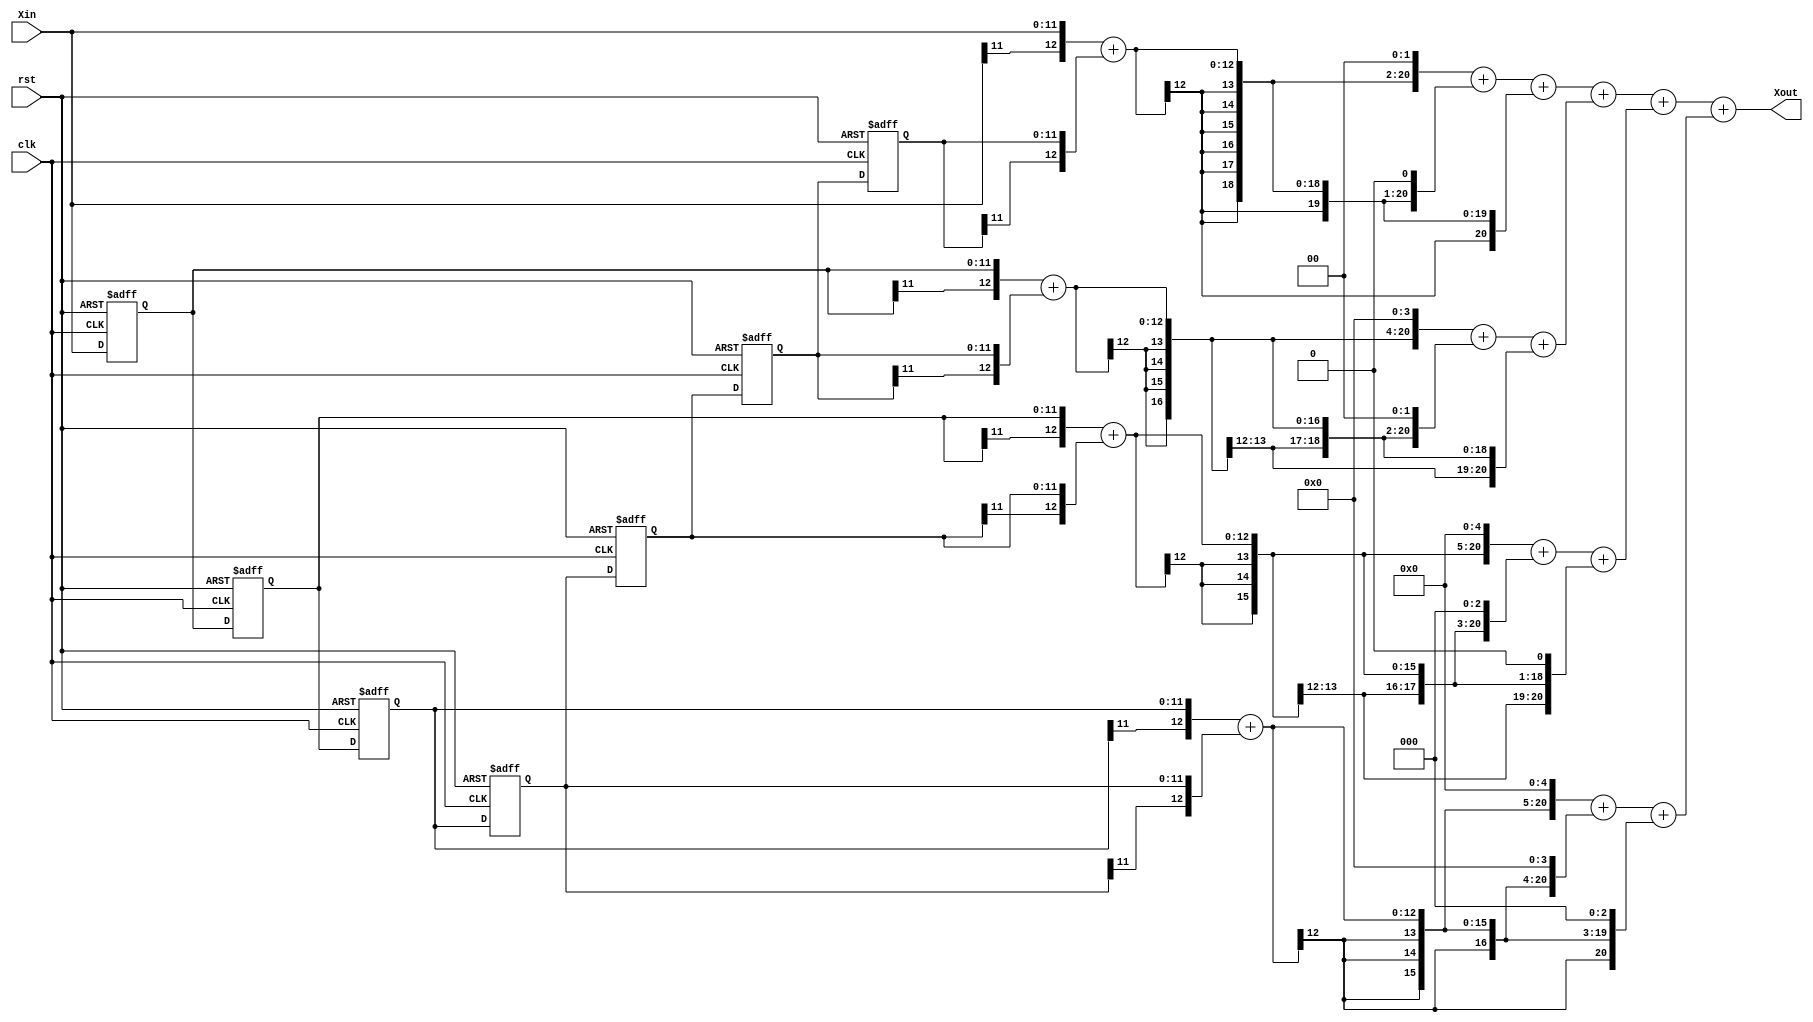
// 

module zero (
    rst,
    clk,
    Xin,
    Xout
);
    input rst;
    input clk;
    input signed [11:0] Xin;
    output signed [20:0] Xout;

    //Xin_reg 
    reg signed[11:0] Xin_reg[6:0];
    reg[3:0] i,j;
    always @(posedge clk or posedge rst) begin
        if(rst)
            begin
				//
            for(i=0;i<7;i=i+1)
            Xin_reg[i] = 12'd0;
            end
        
        else
            begin 
            for(j=0;j<6;j=j+1)
            Xin_reg[j+1] <= Xin_reg[j];
            Xin_reg[0] <= Xin;
            end
    end
	 
	 
	 /*Qb 7 21 42 56 56 42 21 7*/
    // 
    wire signed[12:0] add_reg[3:0];
    assign add_reg[0] = {Xin[11],Xin} + {Xin_reg[6][11],Xin_reg[6]};
    assign add_reg[1] = {Xin_reg[0][11],Xin_reg[0]} + {Xin_reg[5][11],Xin_reg[5]};
    assign add_reg[2] = {Xin_reg[1][11],Xin_reg[1]} + {Xin_reg[4][11],Xin_reg[4]};
    assign add_reg[3] = {Xin_reg[2][11],Xin_reg[2]} + {Xin_reg[3][11],Xin_reg[3]};

    //  
    wire signed[20:0] mult_reg[3:0];
    assign mult_reg[0] = {{6{add_reg[0][12]}},add_reg[0],2'd0} + {{7{add_reg[0][12]}},add_reg[0],1'd0} + {{8{add_reg[0][12]}},add_reg[0]}; // *7 
    assign mult_reg[1] = {{4{add_reg[1][12]}},add_reg[1],4'd0} + {{6{add_reg[1][12]}},add_reg[1],2'd0} + {{8{add_reg[1][12]}},add_reg[1]}; // *21
    assign mult_reg[2] = {{3{add_reg[2][12]}},add_reg[2],5'd0} + {{5{add_reg[2][12]}},add_reg[2],3'd0} + {{7{add_reg[2][12]}},add_reg[2],1'd0}; // *42 
    assign mult_reg[3] = {{3{add_reg[3][12]}},add_reg[3],5'd0} + {{7{add_reg[3][12]}},add_reg[3],4'd0} + {{5{add_reg[3][12]}},add_reg[3],3'd0}; // *56
    
    assign Xout = mult_reg[0] + mult_reg[1] + mult_reg[2] + mult_reg[3] ;
endmodule